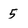
Character: 5